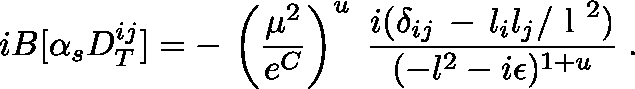
i B [ \alpha _ { s } D _ { T } ^ { i j } ] = - \, \left( { \frac { \mu ^ { 2 } } { e ^ { C } } } \right) ^ { u } \; { \frac { i ( \delta _ { i j } \, - \, l _ { i } l _ { j } / \mathrm { \boldmath ~ l ~ } ^ { 2 } ) } { ( - l ^ { 2 } - i \epsilon ) ^ { 1 + u } } } \; .